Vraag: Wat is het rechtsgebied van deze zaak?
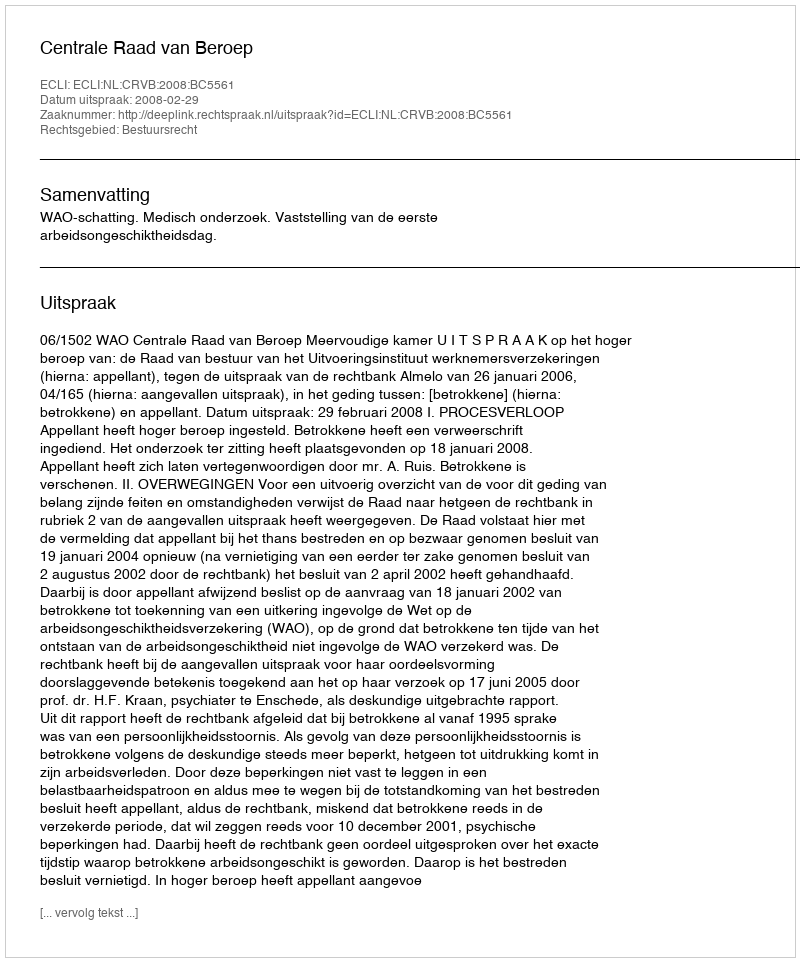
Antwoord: Bestuursrecht